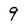
Character: 9